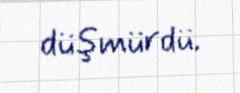
düşmürdü.